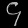
Digit: ၄